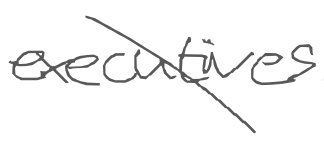
Text: executives.
Cross-out: diagonal
Writing tool: digital_gray